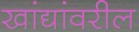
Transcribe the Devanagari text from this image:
खांद्यांवरील